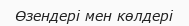
Өзендері мен көлдері